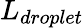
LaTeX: L_{droplet}